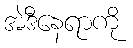
အဲဒီနေရာကို